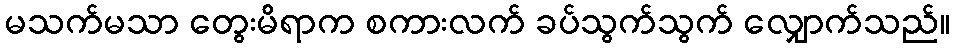
မသက်မသာ တွေးမိရာက စကားလက် ခပ်သွက်သွက် လျှောက်သည်။